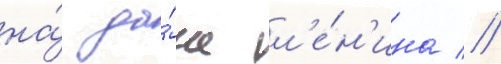
на́ да́че л'е́н'ина //